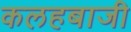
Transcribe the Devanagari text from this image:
कलहबाजी